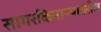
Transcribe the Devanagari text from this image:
सागरकिनाऱ्यावरील